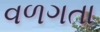
વળગતા